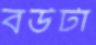
বউটা